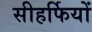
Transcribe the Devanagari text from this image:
सीहर्फियों